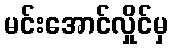
မင်းအောင်လှိုင်မှ